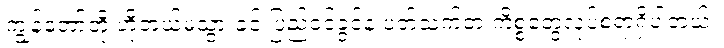
ကျွန်တော်တို့ ဟိုတယ်မသွားခင် ပြည်ဝင်ခွင့်နဲ့ ပတ်သက်တဲ့ ကိစ္စတွေလုပ်စရာရှိပါတယ်။